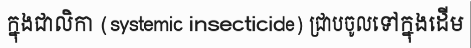
ក្នុងជាលិកា (systemic insecticide) ជ្រាបចូលទៅក្នុងដើម